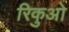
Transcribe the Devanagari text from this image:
रिकुओ